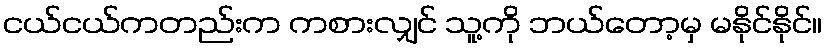
ငယ်ငယ်ကတည်းက ကစားလျှင် သူ့ကို ဘယ်တော့မှ မနိုင်နိုင်။